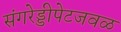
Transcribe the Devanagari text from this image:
संगरेड्डीपेटजवळ